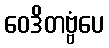
ဝေဒိတဗ္ဗံပေ